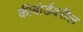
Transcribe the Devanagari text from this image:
कीबोर्डवरील